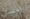
انسان